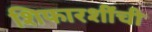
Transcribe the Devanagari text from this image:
शिफारशींची